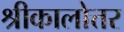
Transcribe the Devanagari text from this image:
श्रीकालोत्तर